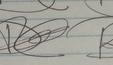
Signature authenticity: forged